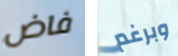
فاض وبرغم